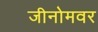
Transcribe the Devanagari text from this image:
जीनोमवर